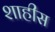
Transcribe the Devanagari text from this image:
शाहीस